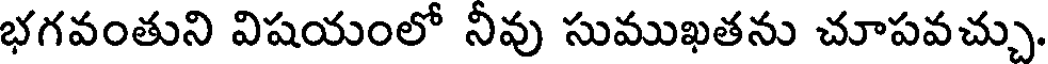
భగవంతుని విషయంలో నీవు సుముఖతను చూపవచ్చు